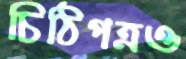
চিঠিপত্রও